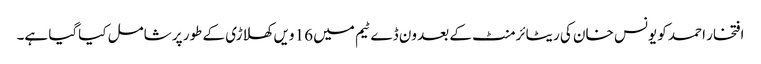
افتخار احمد کو یونس خان کی ریٹائرمنٹ کے بعد ون ڈے ٹیم میں 16 ویں کھلاڑی کے طور پر شامل کیاگیا ہے۔